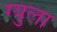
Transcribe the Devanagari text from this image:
ग्युला